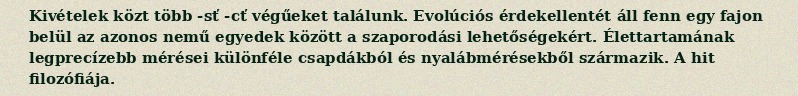
Kivételek közt több -sť -cť végűeket találunk. Evolúciós érdekellentét áll fenn egy fajon belül az azonos nemű egyedek között a szaporodási lehetőségekért. Élettartamának legprecízebb mérései különféle csapdákból és nyalábmérésekből származik. A hit filozófiája.